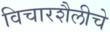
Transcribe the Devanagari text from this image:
विचारशैलीचे